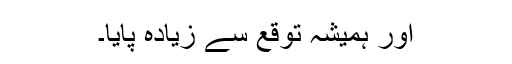
اور ہمیشہ توقع سے زیادہ پایا۔